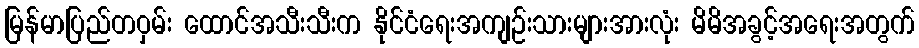
မြန်မာပြည်တဝှမ်း ထောင်အသီးသီးက နိုင်ငံရေးအကျဉ်းသားများအားလုံး မိမိအခွင့်အရေးအတွက်